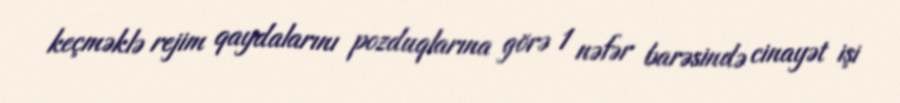
keçməklə rejim qaydalarını pozduqlarına görə 1 nəfər barəsində cinayət işi